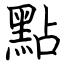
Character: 點